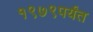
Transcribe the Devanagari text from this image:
१९७९पर्यंत